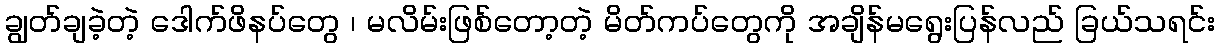
ချွတ်ချခဲ့တဲ့ ဒေါက်ဖိနပ်တွေ ၊ မလိမ်းဖြစ်တော့တဲ့ မိတ်ကပ်တွေကို အချိန်မရွေးပြန်လည် ခြယ်သရင်း